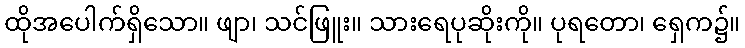
ထိုအပေါက်ရှိသော။ ဖျာ၊ သင်ဖြူး။ သားရေပုဆိုးကို။ ပုရတော၊ ရှေက၌။